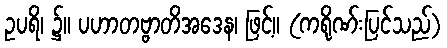
ဥပရိ၊ ၌။ ပဟာတဗ္ဗာတိအဒေန၊ ဖြင့်။ (ကရိုဏ်းပြင်သည်)